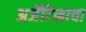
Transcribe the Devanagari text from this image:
अर्जेंटिनाचा